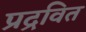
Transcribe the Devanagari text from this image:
प्रद्रवित